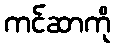
ကင်ဆာကို